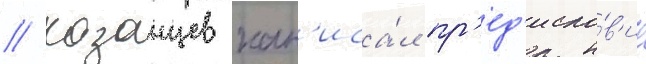
// Казанцев нап'иса́л пр'ед'исло́в'ие